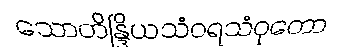
သောတိန္ဒြိယသံဝရသံဝုတော